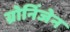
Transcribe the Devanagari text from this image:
ग्रोनिंजेन